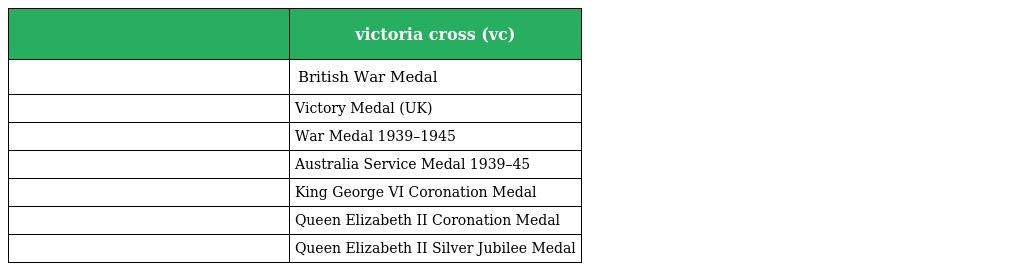
|  | victoria cross (vc) |
 | --- | --- |
 |  | British War Medal |
 |  | Victory Medal (UK) |
 |  | War Medal 1939–1945 |
 |  | Australia Service Medal 1939–45 |
 |  | King George VI Coronation Medal |
 |  | Queen Elizabeth II Coronation Medal |
 |  | Queen Elizabeth II Silver Jubilee Medal |